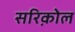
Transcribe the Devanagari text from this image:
सरिक़ोल